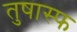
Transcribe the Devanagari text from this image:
तुषास्फ